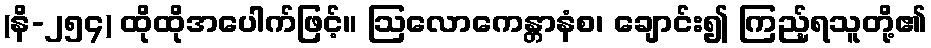
(နိ-၂၅၄) ထိုထိုအပေါက်ဖြင့်။ ဩလောကေန္တာနံစ၊ ချောင်း၍ ကြည့်ရသူတို့၏